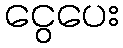
ငွေပေး